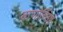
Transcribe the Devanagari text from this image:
बाणोच्छिष्टं